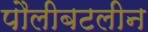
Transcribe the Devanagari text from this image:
पौलीबटलीन